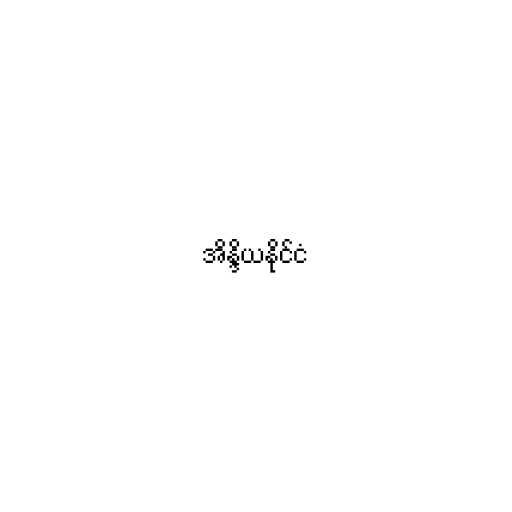
အိန္ဒိယနိုင်ငံ